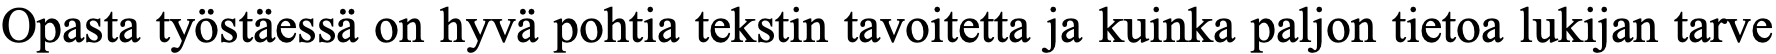
Opasta työstäessä on hyvä pohtia tekstin tavoitetta ja kuinka paljon tietoa lukijan tarve